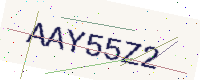
Text: AAY55Z2